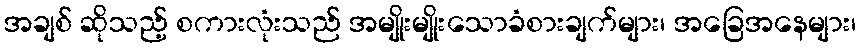
အချစ် ဆိုသည့် စကားလုံးသည် အမျိုးမျိုးသောခံစားချက်များ၊ အခြေအနေများ၊